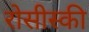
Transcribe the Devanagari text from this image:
रोसीस्की